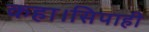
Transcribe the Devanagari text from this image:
कहा।सिपाही